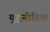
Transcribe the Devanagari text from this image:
युद्धनीतिक